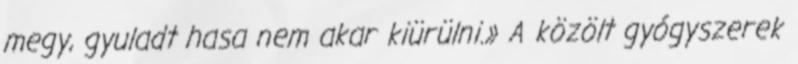
megy, gyuladt hasa nem akar kiürülni.» A közölt gyógyszerek